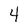
Character: 4